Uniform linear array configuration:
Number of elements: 48
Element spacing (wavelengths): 0.25
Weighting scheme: blackman
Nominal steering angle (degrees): -30
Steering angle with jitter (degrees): -31.657
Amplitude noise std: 0.05
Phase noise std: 0.05

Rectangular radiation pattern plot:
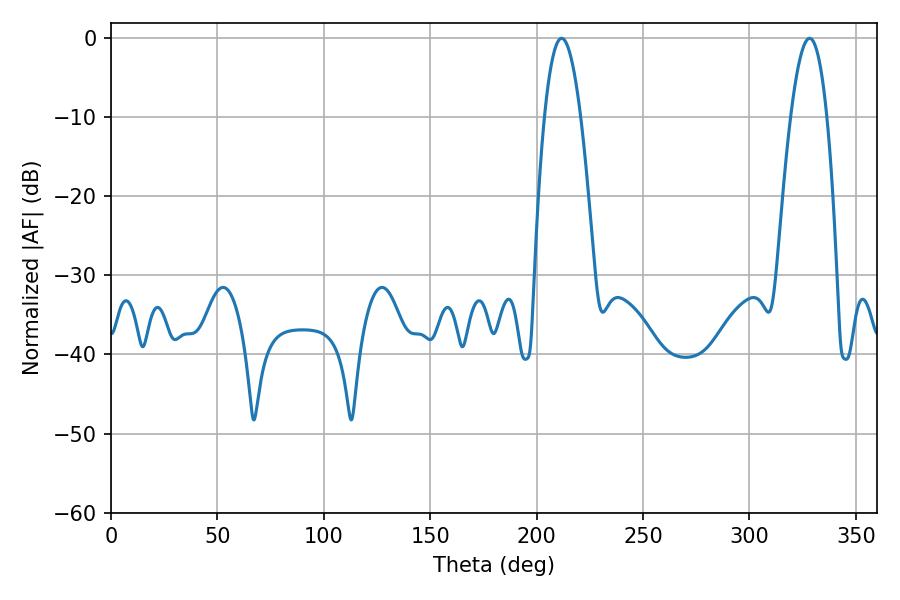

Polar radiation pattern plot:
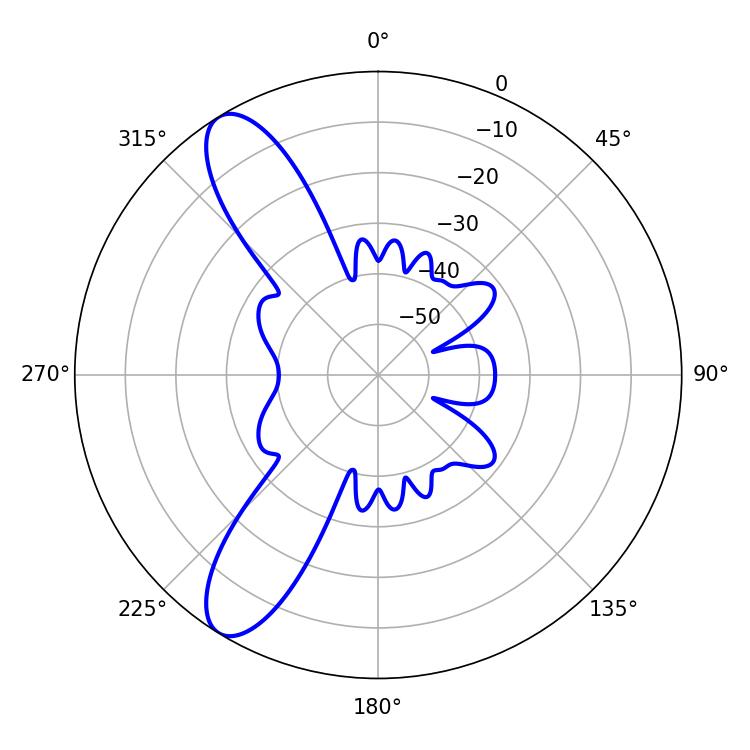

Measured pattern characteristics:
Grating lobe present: FALSE
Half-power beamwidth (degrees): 9.36
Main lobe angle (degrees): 211.68